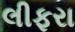
લીફરા